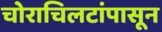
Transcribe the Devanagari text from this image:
चोराचिलटांपासून